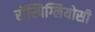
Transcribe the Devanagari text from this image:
रॉस्पिग्लियोसी